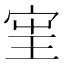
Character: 𱚈